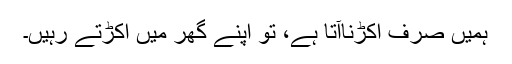
ہمیں صرف اکڑناآتا ہے، تو اپنے گھر میں اکڑتے رہیں۔